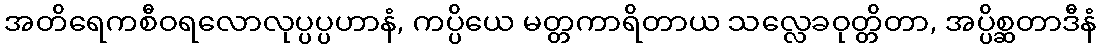
အတိရေကစီဝရလောလုပ္ပပ္ပဟာနံ, ကပ္ပိယေ မတ္တကာရိတာယ သလ္လေခဝုတ္တိတာ, အပ္ပိစ္ဆတာဒီနံ